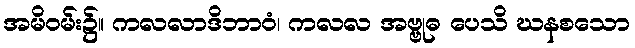
အမိဝမ်း၌။ ကလလာဒိဘာဝံ၊ ကလလ အဗ္ဗုဓ ပေသိ ဃနစသော